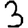
Digit: 3